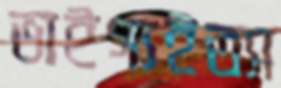
ভাইগ্যইত্যা